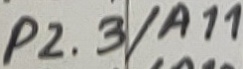
Text: P2.3/A11